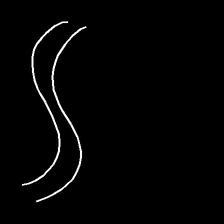
Glyph: float